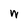
Character: w